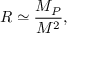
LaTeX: R \simeq \frac { M _ { P } } { M ^ { 2 } } ,